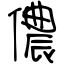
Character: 儂